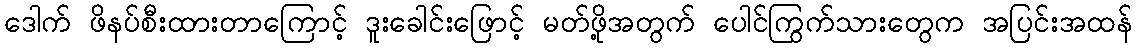
ဒေါက် ဖိနပ်စီးထားတာကြောင့် ဒူးခေါင်းဖြောင့် မတ်ဖို့အတွက် ပေါင်ကြွက်သားတွေက အပြင်းအထန်